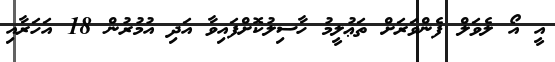
އީ އޯ ލެވަލް ފެންވަރަށް ތަޢުލީމު ހާސިލުކޮށްފައިވާ އަދި އުމުރުން 18 އަހަރާއި